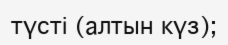
түсті (алтын күз);